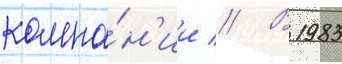
компа́н'ии // В 1983